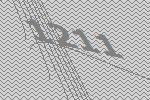
1211